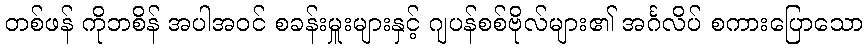
တစ်ဖန် ကိုဘစိန် အပါအဝင် စခန်းမှူးများနှင့် ဂျပန်စစ်ဗိုလ်များ၏ အင်္ဂလိပ် စကားပြောသော